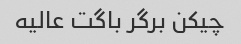
چیکن برگر باگت عالیه